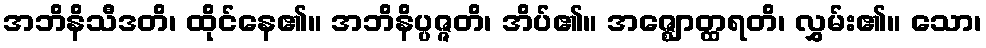
အဘိနိသီဒတိ၊ ထိုင်နေ၏။ အဘိနိပ္ပဇ္ဇတိ၊ အိပ်၏။ အဇ္ဈောတ္ထရတိ၊ လွှမ်း၏။ သော၊